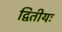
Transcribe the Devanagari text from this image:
द्वितीयः